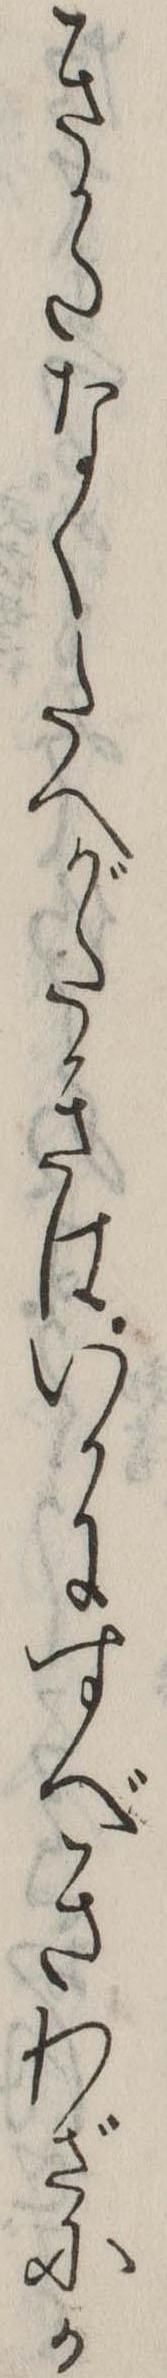
きかたなくたへがたきはいかにすべきわざにか